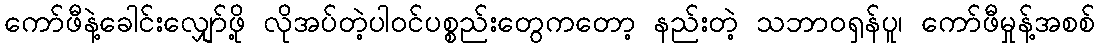
ကော်ဖီနဲ့ခေါင်းလျှော်ဖို့ လိုအပ်တဲ့ပါဝင်ပစ္စည်းတွေကတော့ နည်းတဲ့ သဘာဝရှန်ပူ၊ ကော်ဖီမှုန့်အစစ်